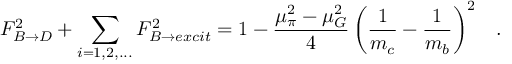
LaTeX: F _ { B \rightarrow D } ^ { 2 } + \sum _ { i = 1 , 2 , . . . } F _ { B \rightarrow e x c i t } ^ { 2 } = 1 - \frac { \mu _ { \pi } ^ { 2 } - \mu _ { G } ^ { 2 } } { 4 } \left( \frac { 1 } { m _ { c } } - \frac { 1 } { m _ { b } } \right) ^ { 2 } \; \; \; .